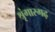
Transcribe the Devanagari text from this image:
श्रृंगारगढ़